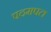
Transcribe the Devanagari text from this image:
पदमपत